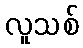
လူသစ်